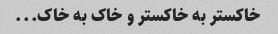
خاکستر به خاکستر و خاک به خاک...